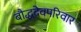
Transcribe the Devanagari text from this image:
बौद्धदेवपरिवार